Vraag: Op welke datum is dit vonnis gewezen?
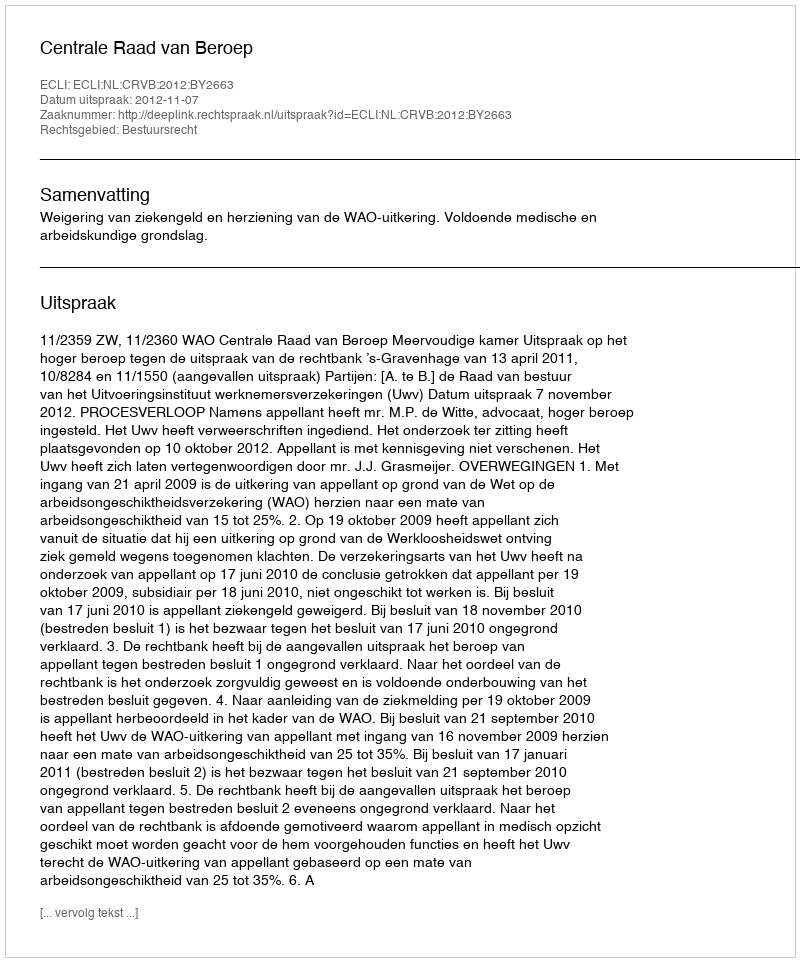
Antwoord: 2012-11-07